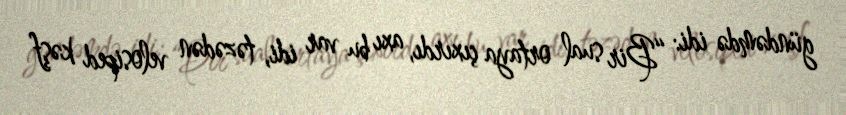
gündəmdə idi: “Bir sual ortaya çıxırdı, axı bu var idi, təzədən velosiped kəşf